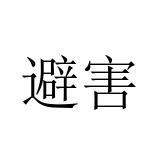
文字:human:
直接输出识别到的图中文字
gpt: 避害